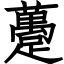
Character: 躉